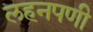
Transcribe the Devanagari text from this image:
लहनपणी